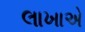
લાખાએ